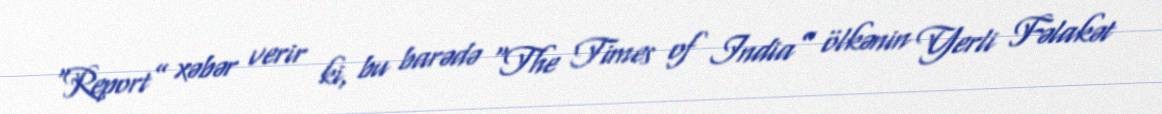
“Report” xəbər verir ki, bu barədə “The Times of India” ölkənin Yerli Fəlakət